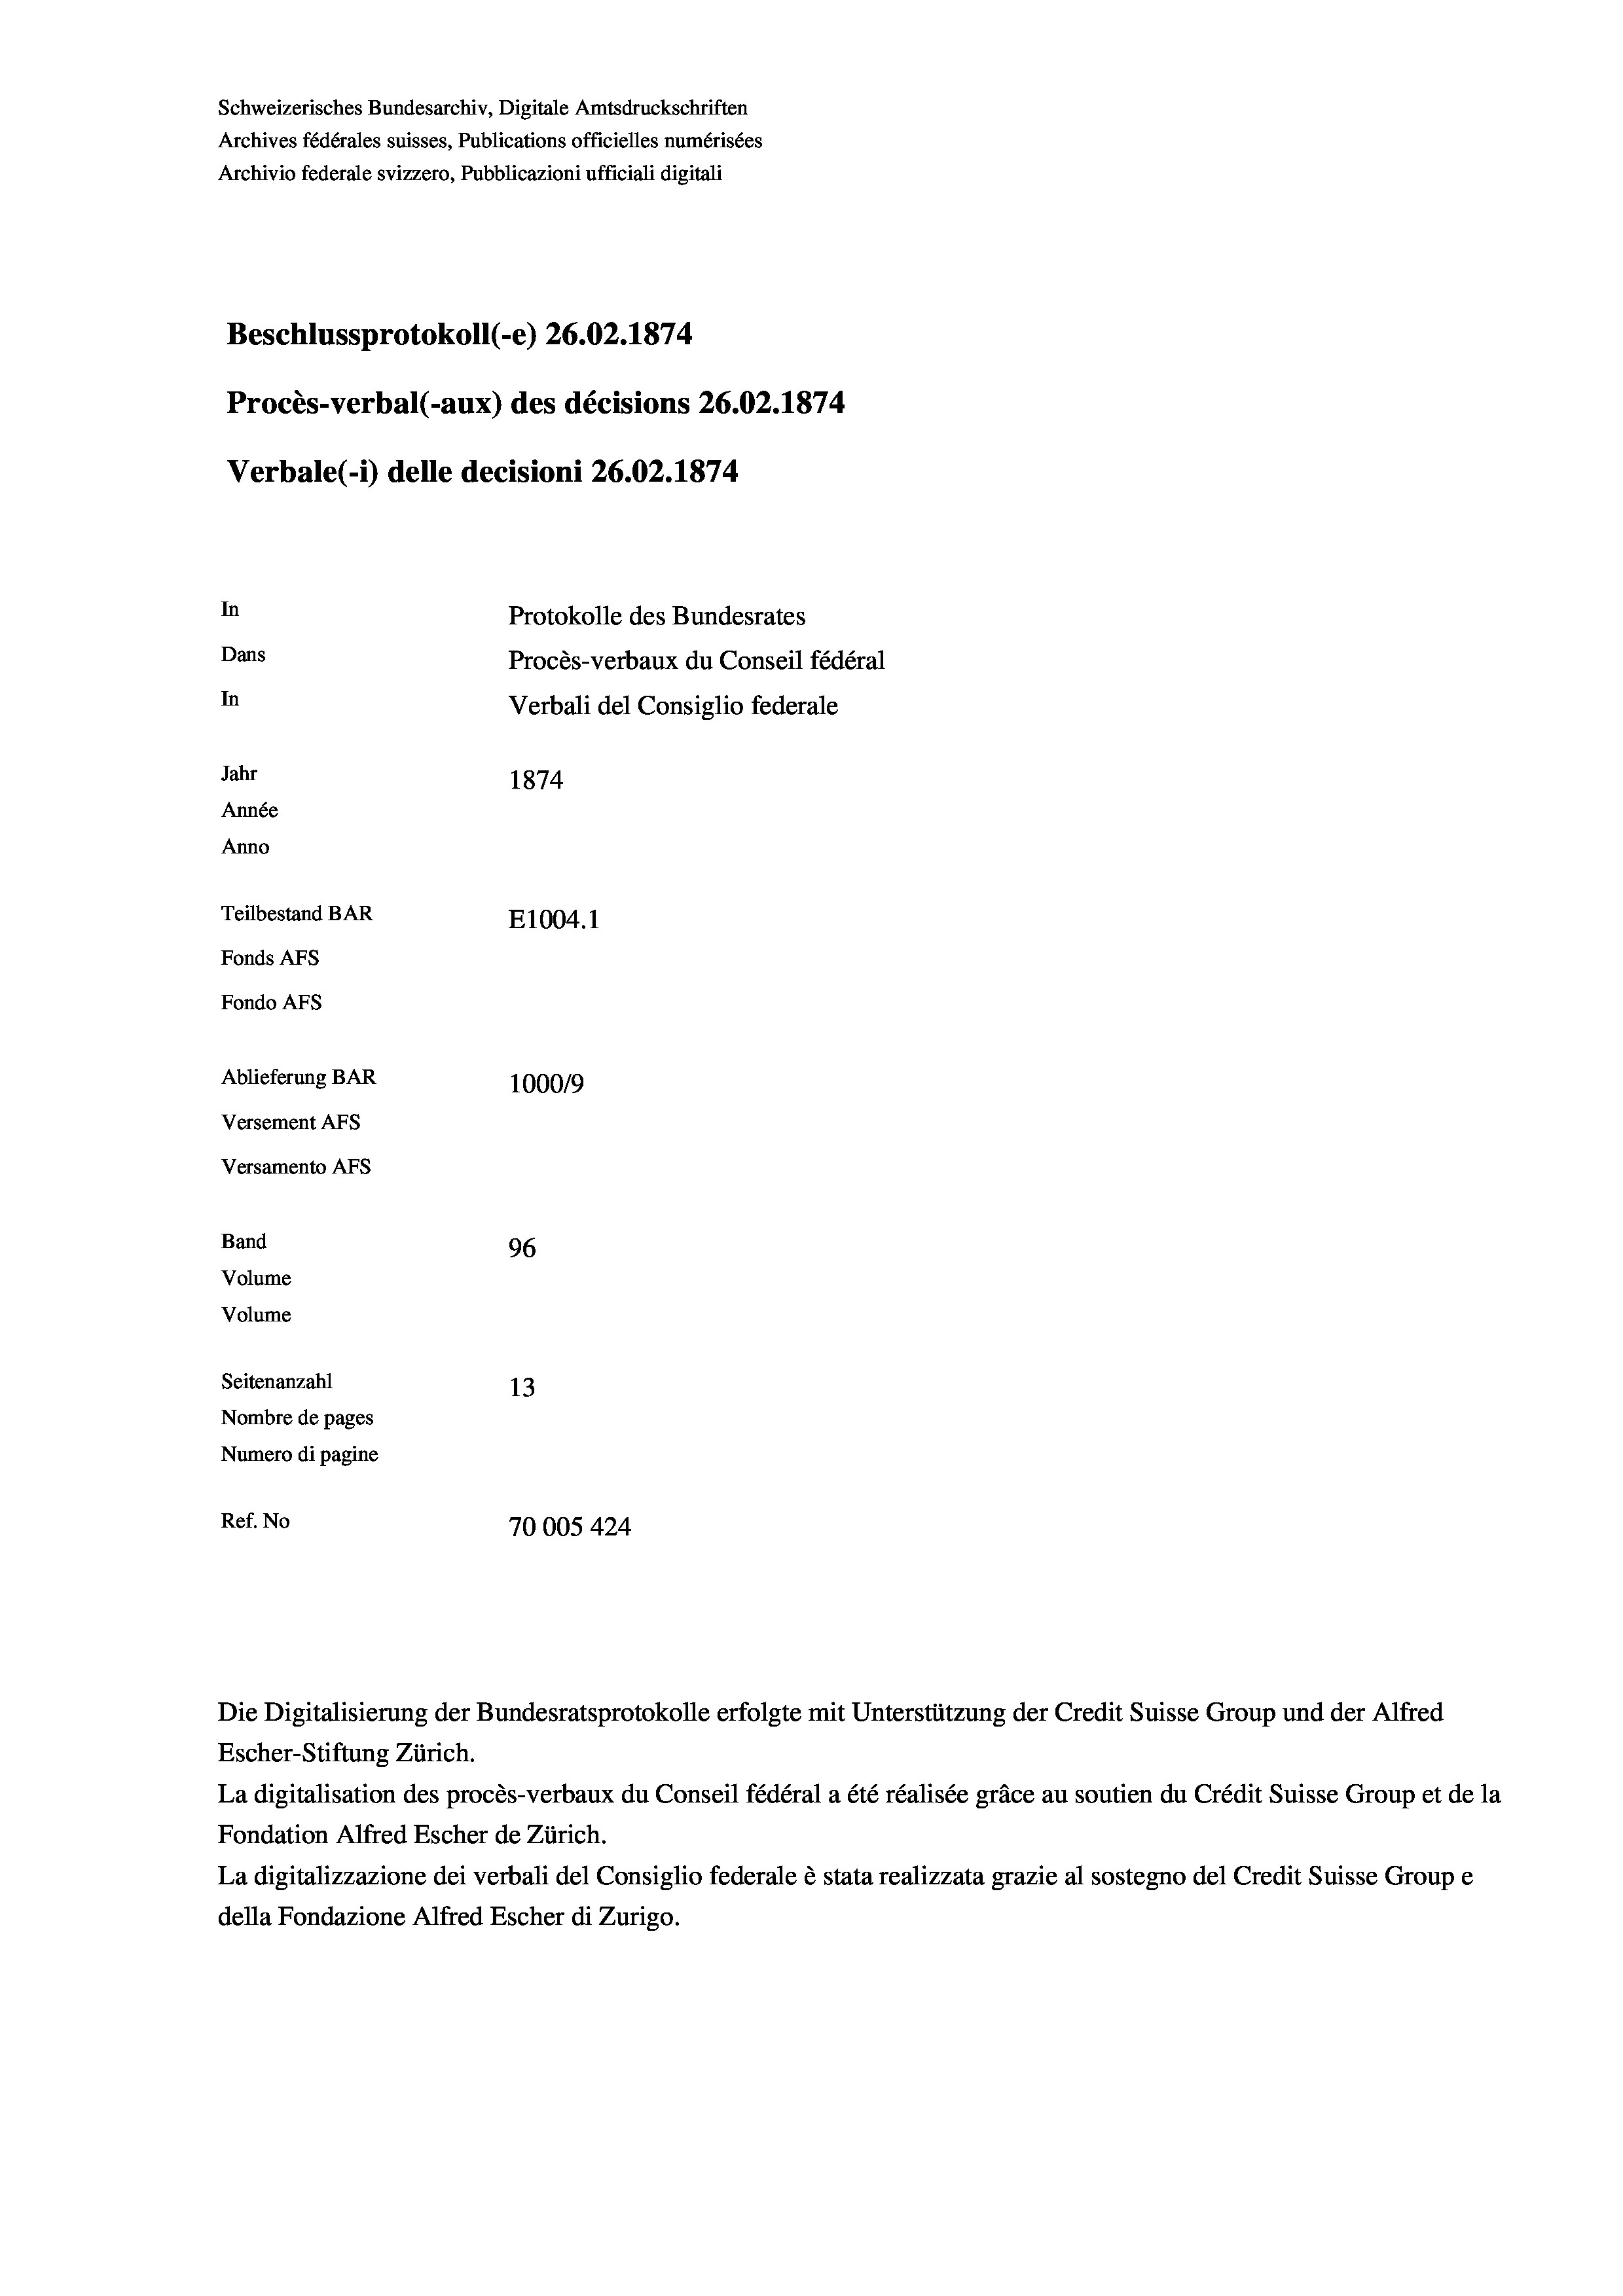
Schweizerisches Bundesarchiv, Digitale Amtsdruckschriften
Archives fédérales suisses, Publications officielles numérisées
Archivio federale svizzero, Pubblicazioni ufficiali digitali
Beschlussprotokoll (-e) 26.02. 1874.
Procès-verbal (-aux) des décisions 26.02. 1874
Verbale (- 1) delle decisioni 26.02. 1874.
In
Protokolle des Bundesrates
Dans
Procès-verbaux du Conseil fédéral
In
Verbali del Consiglio federale
Jahr
1874
Année
Anno
Teilbestand BAR
E1004. 1
Fonds Afs
Fondo AFs
Ablieferung BAR
1000/9
Versement Abs
Versamento Afs

Band
Volume
Volume
Seitenanzahl

96
13
Nombre de pages
Numero di pagine
Ref. No
70005 424

Escher-Stiftung Zürich.
La digitalisation des procès-verbaux du Conseil fédéral a été réalisée gräce au soutien du Crédit Suisse Group et de la
Fondation Alfred Escher de Zürich.
La digitalizzazione dei verbali del Consiglio federale è stata realizzata grazie al sostegno del Credit Suisse Groupe
della Fondazione Alfred Escher di Zurigo.

Die Digitalisierung der Bundesratsprotokolle erfolgte mit Unterstützung der Credit Suisse Group und der Alfred